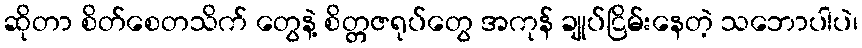
ဆိုတာ စိတ်စေတသိက် တွေနဲ့ စိတ္တဇရုပ်တွေ အကုန် ချုပ်ငြိမ်းနေတဲ့ သဘောပါပဲ၊